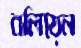
বলিয়েন